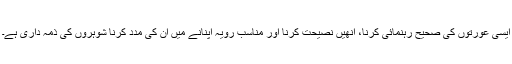
ایسی عورتوں کی صحیح رہنمائی کرنا، انھیں نصیحت کرنا اور مناسب رویہ اپنانے میں ان کی مدد کرنا شوہروں کی ذمہ داری ہے۔